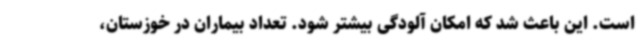
است. این باعث شد که امکان آلودگی بیشتر شود. تعداد بیماران در خوزستان،